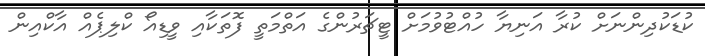
ކުޑަކުދިންނަށް ކުރާ އަނިޔާ ހުއްޓުވުމަށް ޓީޗަރުންގެ އަތްމަތީ ފޮތަކާއި ވީޑިއޯ ކްލިޕެއް އާކްއިން